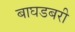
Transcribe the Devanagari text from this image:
बाघडबरी